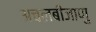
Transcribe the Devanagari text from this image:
अचलबीजाणु